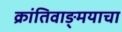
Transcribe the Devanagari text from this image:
क्रांतिवाङ्मयाचा